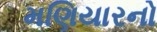
મણિયારનો